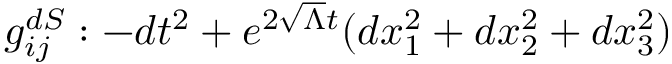
g _ { i j } ^ { d S } : - d t ^ { 2 } + e ^ { 2 \sqrt { \Lambda } t } ( d x _ { 1 } ^ { 2 } + d x _ { 2 } ^ { 2 } + d x _ { 3 } ^ { 2 } )